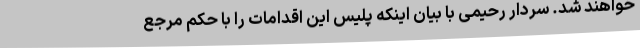
خواهند شد. سردار رحیمی با بیان اینکه پلیس این اقدامات را با حکم مرجع